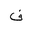
Letter: _fa